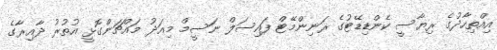
އިއްތިހާދުގެ ރިޔާސީ ކެންޑިޑޭޓުގެ ރަނިންމޭޓް ފައިސަލް ނަސީމް މިއަދު މައްޗަންގޮޅީ އުތުރު ދާއިރާގެ